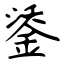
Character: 鋈